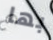
بها